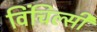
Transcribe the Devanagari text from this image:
विंचिल्सी